Annual report on the Civil Veterinary Department, Burma (including the Insein Veterinary School) - 1923-1931
Year: 1923
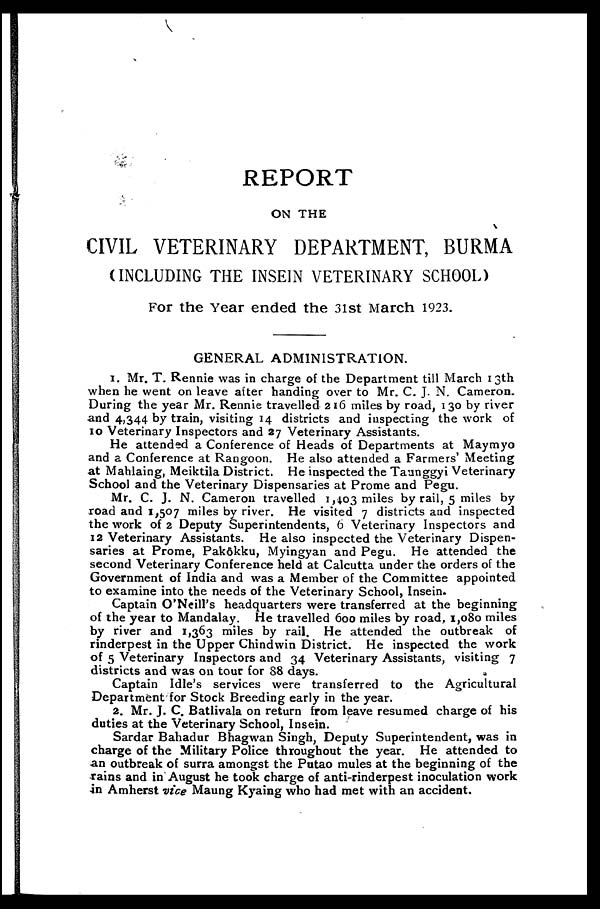
REPORT
ON THE
CIVIL VETERINARY DEPARTMENT, BURMA
(INCLUDING THE INSEIN VETERINARY SCHOOL)
For the Year ended the 3lst March 1923.
GENERAL ADMINISTRATION.
1. Mr. T. Rennie was in charge of the Department till March 13th
when he went on leave after handing over to Mr. C. J. N. Cameron.
During the year Mr. Rennie travelled 216 miles by road, 130 by river
and 4,344 by train, visiting 14 districts and inspecting the work of
10 Veterinary Inspectors and 27 Veterinary Assistants.
He attended a Conference of Heads of Departments at Maymyo
and a Conference at Rangoon. He also attended a Farmers' Meeting
at Mahlaing, Meiktila District. He inspected the Taunggyi Veterinary
School and the Veterinary Dispensaries at Prome and Pegu.
Mr. C. J. N. Cameron travelled 1,403 miles by rail, 5 miles by
road and 1,507 miles by river. He visited 7 districts and inspected
the work of 2 Deputy Superintendents, 6 Veterinary Inspectors and
12 Veterinary Assistants. He also inspected the Veterinary Dispen-
saries at Prome, Pakôkku, Myingyan and Pegu. He attended the
second Veterinary Conference held at Calcutta under the orders of the
Government of India and was a Member of the Committee appointed
to examine into the needs of the Veterinary School, Insein.
Captain O'Neill's headquarters were transferred at the beginning
of the year to Mandalay. He travelled 600 miles by road, 1,080 miles
by river and 1,363 miles by rail. He attended the outbreak of
rinderpest in the Upper Chindwin District. He inspected the work
of 5 Veterinary Inspectors and 34 Veterinary Assistants, visiting 7
districts and was on tour for 88 days.
Captain Idle's services were transferred to the Agricultural
Department for Stock Breeding early in the year.
2. Mr. J. C. Batlivala on return from leave resumed charge of his
duties at the Veterinary School, Insein.
Sardar Bahadur Bhagwan Singh, Deputy Superintendent, was in
charge of the Military Police throughout the year. He attended to
an outbreak of surra amongst the Putao mules at the beginning of the
rains and in August he took charge of anti-rinderpest inoculation work
in Amherst vice Maung Kyaing who had met with an accident.